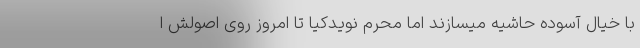
با خیال آسوده حاشیه میسازند اما محرم نویدکیا تا امروز روی اصولش ا